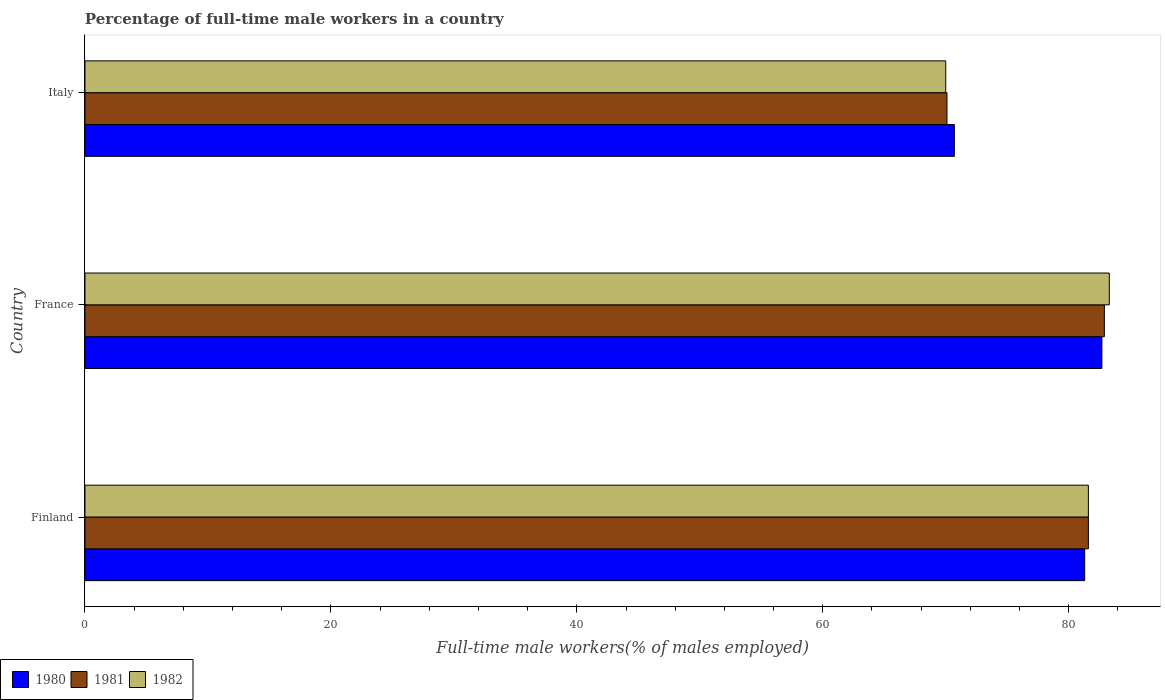
| Country | 1980 | 1981 | 1982 |
 | --- | --- | --- | --- |
 | Finland | 81.3 | 81.6 | 81.6 |
 | France | 82.7 | 82.9 | 83.3 |
 | Italy | 70.7 | 70.1 | 70 |